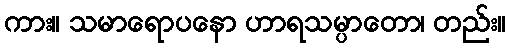
ကား။ သမာရောပနော ဟာရသမ္ပာတော၊ တည်း။